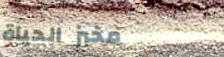
مخبز الحياة